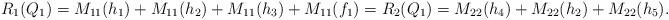
LaTeX: \begin{align*}R_1(Q_1)=M_{11}(h_1)+M_{11}(h_2)+M_{11}(h_3)+M_{11}(f_1)=R_2(Q_1)=M_{22}(h_4)+M_{22}(h_2)+M_{22}(h_5).\end{align*}